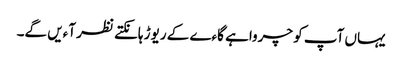
یہاں آپ کو چرواہے گاءے کے ریوڑ ہانکتے نظر آءیں گے۔